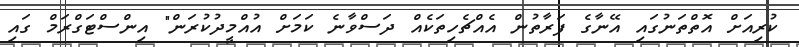
ކުރިއަށް އޮތްތަނުގައި އޭނާގެ ފަރާތުން އެއްޗެހިތަކެއް ދަސްވާނެ ކަމަށް އުއްމީދުކުރަން" އިންސްޓަގްރަމް ގައި